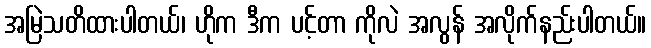
အမြဲသတိထားပါတယ်၊ ဟိုက ဒီက ပင့်တာ ကိုလဲ အလွန် အလိုက်နည်းပါတယ်။